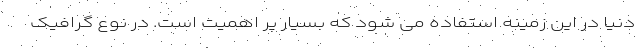
دنیا در این زمینه استفاده می شود که بسیار پر اهمیت است. در نوع گرافیک